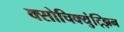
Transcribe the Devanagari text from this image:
क्सोचिक्युंट्झिन